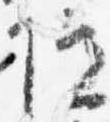
院